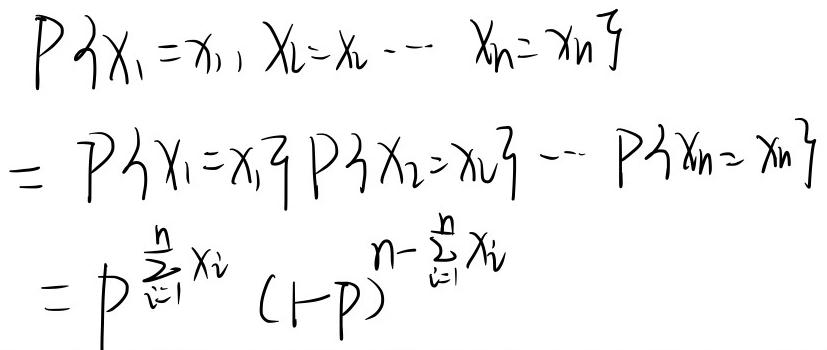
\[
\begin{align*}
P\{X_1 = x_1, X_2 = x_2, \cdots, X_n = x_n\} &= P\{X_1 = x_1\}P\{X_2 = x_2\} \cdots P\{X_n = x_n\}\\
&= p^{\sum_{i = 1}^{n}x_i}(1 - p)^{n-\sum_{i = 1}^{n}x_i}
\end{align*}
\]